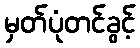
မှတ်ပုံတင်ခွင့်